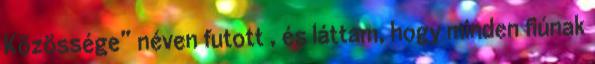
Közössége” néven futott , és láttam, hogy minden fiúnak